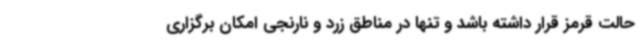
حالت قرمز قرار داشته باشد و تنها در مناطق زرد و نارنجی امکان برگزاری